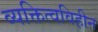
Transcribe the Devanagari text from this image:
व्यक्तित्वविहीन